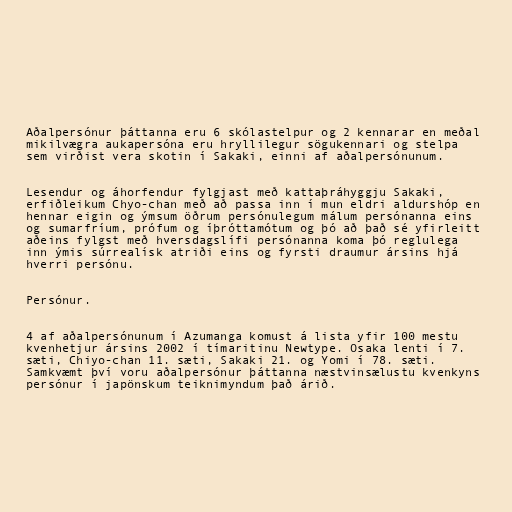
Aðalpersónur þáttanna eru 6 skólastelpur og 2 kennarar en meðal
mikilvægra aukapersóna eru hryllilegur sögukennari og stelpa
sem virðist vera skotin í Sakaki, einni af aðalpersónunum.

Lesendur og áhorfendur fylgjast með kattaþráhyggju Sakaki,
erfiðleikum Chyo-chan með að passa inn í mun eldri aldurshóp en
hennar eigin og ýmsum öðrum persónulegum málum persónanna eins
og sumarfríum, prófum og íþróttamótum og þó að það sé yfirleitt
aðeins fylgst með hversdagslífi persónanna koma þó reglulega
inn ýmis súrrealísk atriði eins og fyrsti draumur ársins hjá
hverri persónu.

Persónur.

4 af aðalpersónunum í Azumanga komust á lista yfir 100 mestu
kvenhetjur ársins 2002 í tímaritinu Newtype. Osaka lenti í 7.
sæti, Chiyo-chan 11. sæti, Sakaki 21. og Yomi í 78. sæti.
Samkvæmt því voru aðalpersónur þáttanna næstvinsælustu kvenkyns
persónur í japönskum teiknimyndum það árið.